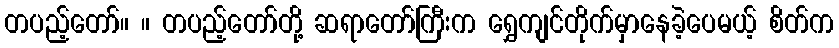
တပည့်တော်။ ။ တပည့်တော်တို့ ဆရာတော်ကြီးက ရွှေကျင်တိုက်မှာနေခဲ့ပေမယ့် စိတ်က